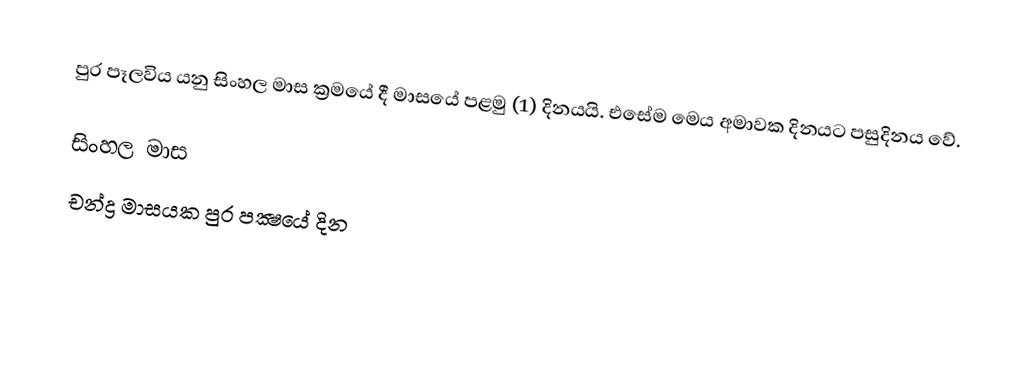
පුර පෑලවිය යනු සිංහල මාස ක්‍රමයේ දී මාසයේ පළමු (1) දිනයයි. එසේම මෙය අමාවක දිනයට පසුදිනය වේ.

සිංහල මාස
චන්ද්‍ර මාසයක පුර පක්‍ෂයේ දින